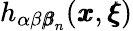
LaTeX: h_{\alpha\beta{\pmb\beta}_{n}}({\pmb x},{\pmb\xi})